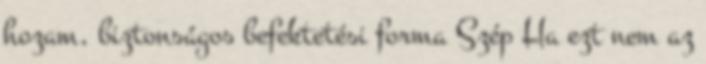
hozam, biztonságos befektetési forma Szép Ha ezt nem az